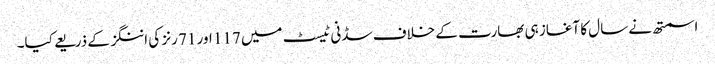
اسمتھ نے سال کا آغاز ہی بھارت کے خلاف سڈنی ٹیسٹ میں 117 اور 71 رنز کی اننگز کے ذریعے کیا۔